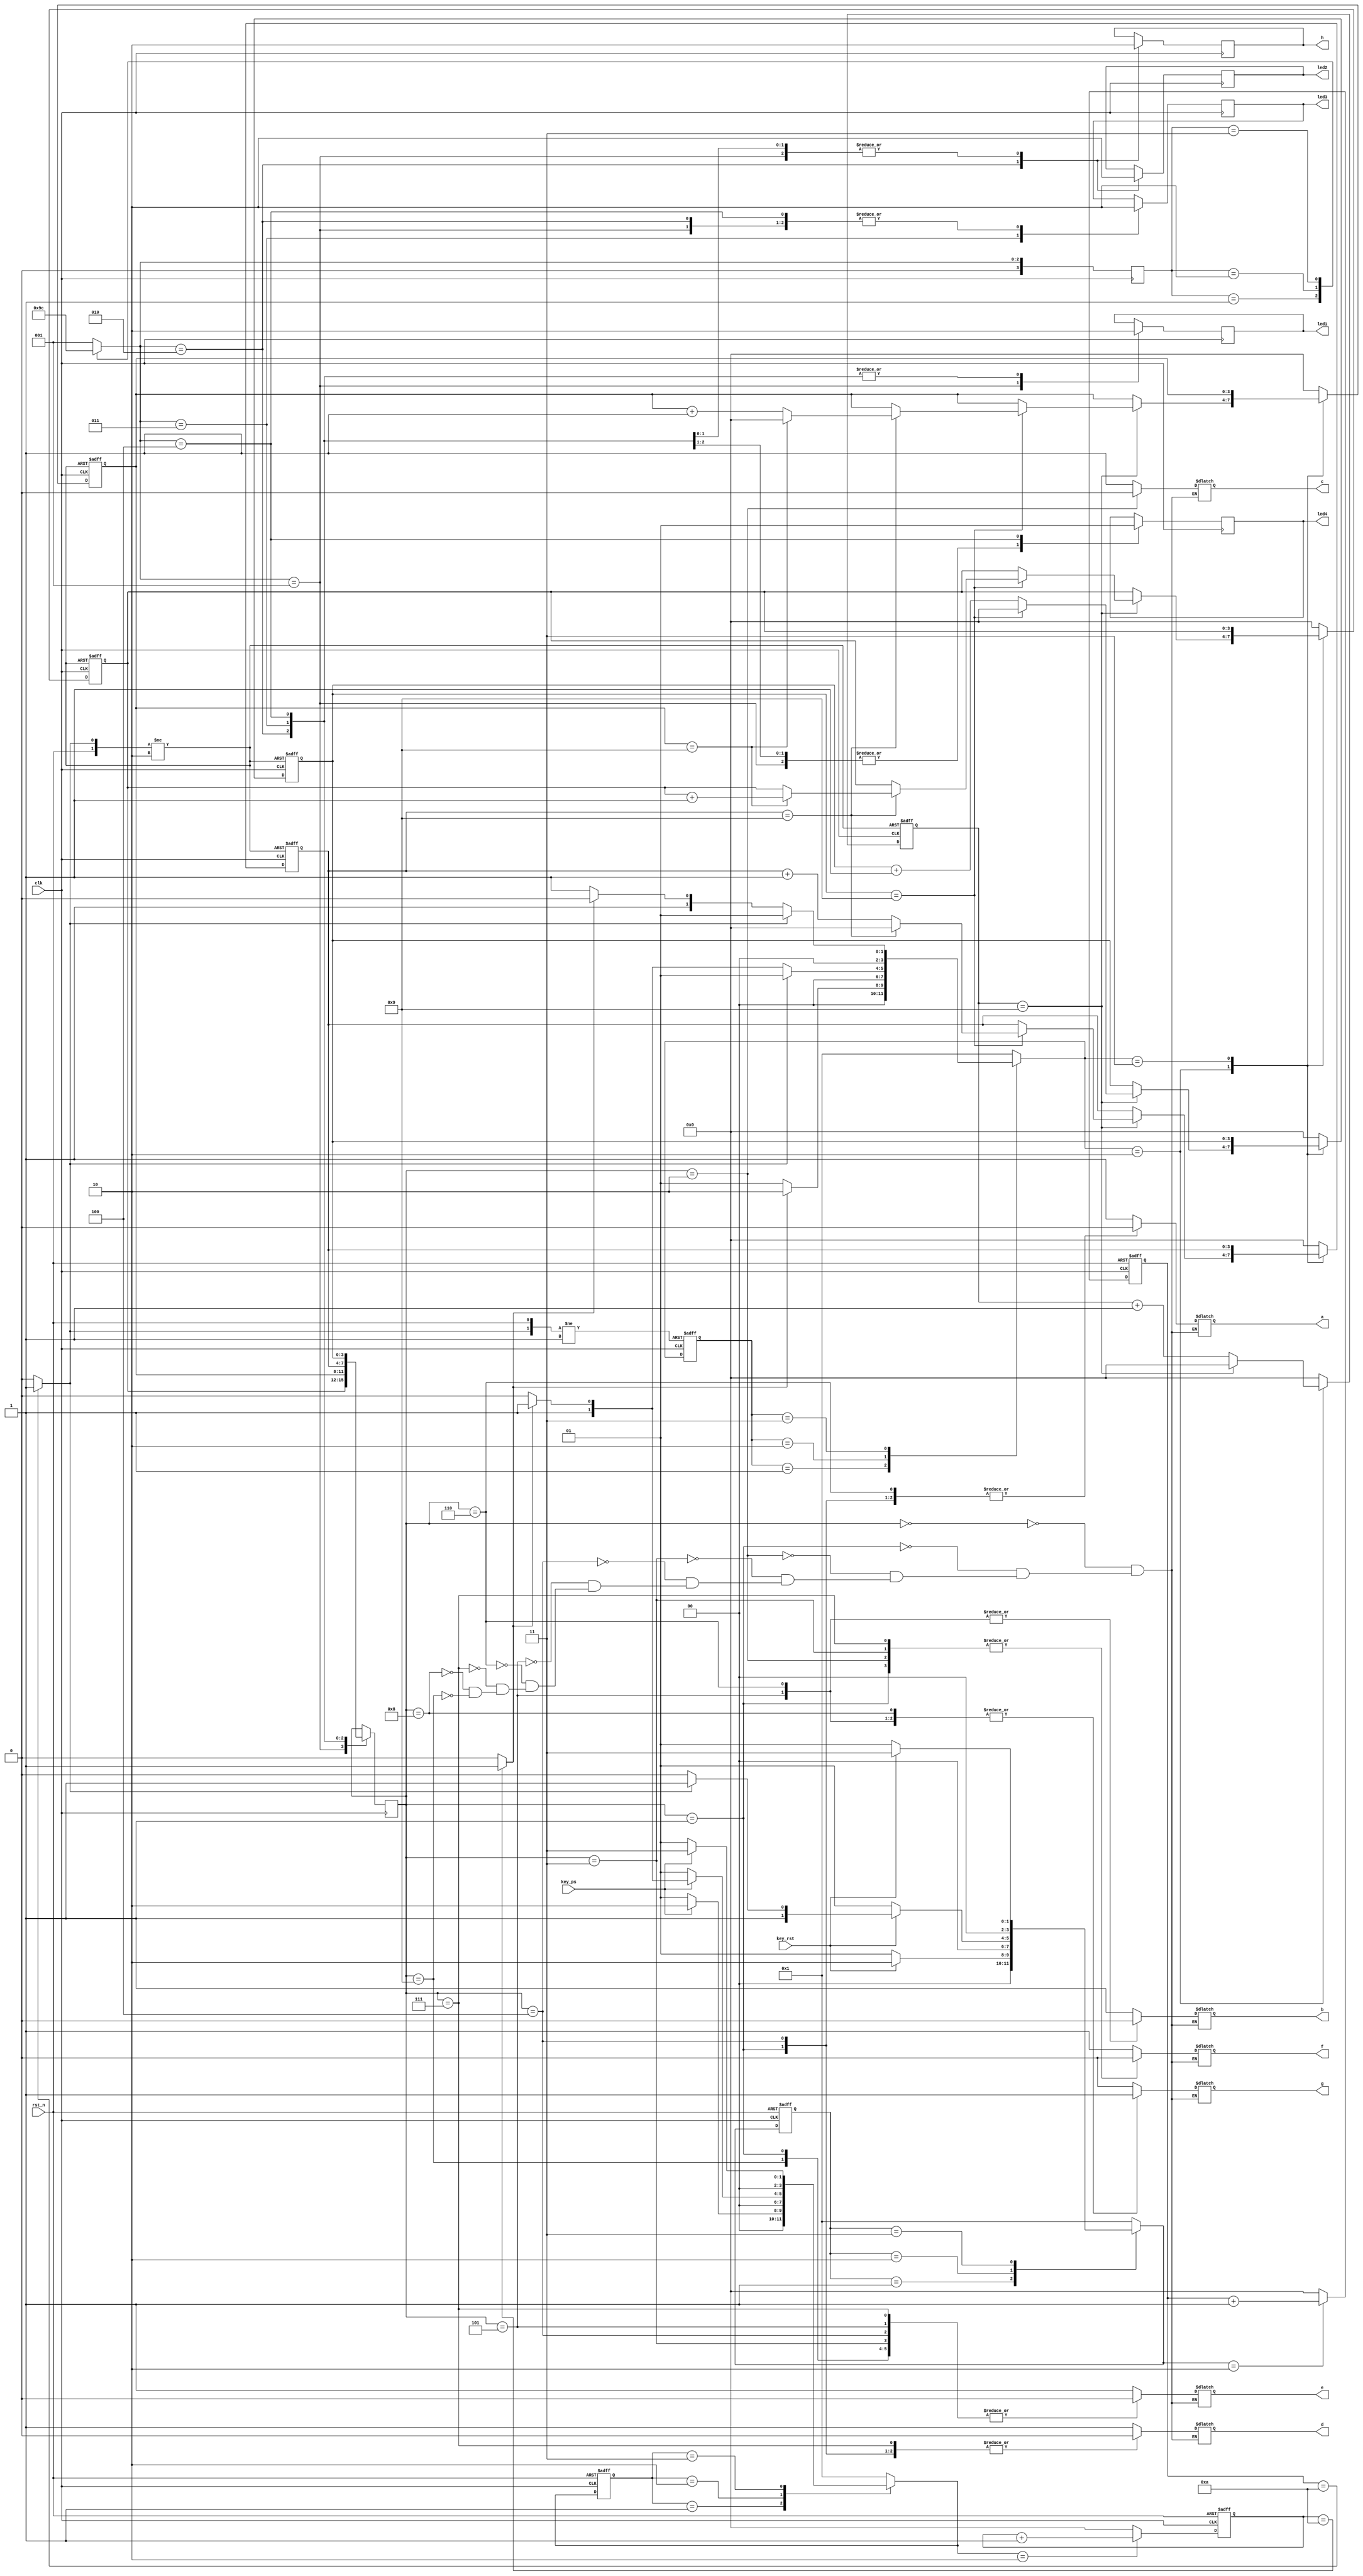
module clock(rst_n,key_rst,clk,key_ps,a,b,c,d,e,f,g,h,led1,led2,led3,led4);
   input   clk,rst_n;
   
   input   key_rst;
   reg     [3:0]stcur_keyrst,stnext_keyrst,ms10_cnt_keyrst;
   wire    key_rst_en,ms10_en_keyrst;
   localparam
           IDLERST = 4'b0001,
		   KEYRST_1ST = 4'b0010,
		   KEYRST_2ND = 4'b0011;
		   
   input   key_ps;
   reg     [3:0]stcur_keyps,stnext_keyps,ms10_cnt_keyps;
   wire    key_ps_en,ms10_en_keyps;
   localparam
           IDLEPS = 4'b0001,
		   KEYPS_1ST = 4'b0010,
		   KEYPS_2ND = 4'b0011;
   
   reg      [3:0]stcur_counter,stnext_counter,k;
   reg      [3:0]numcount4,numcount3,numcount2,numcount1;
   localparam
            TORST = 4'b0001,
		    COUNT = 4'b0010,
		    PAUSE = 4'b0011;
			
	output  a,b,c,d,e,f,g,h,led1,led2,led3,led4;		
	reg     [3:0]stcur_led,stnext_led,inpnum;
    reg     a,b,c,d,e,f,g,h,led1,led2,led3,led4;
	  
    localparam
            bit1 = 4'b0001,
		    bit2 = 4'b0010,
		    bit3 = 4'b0011,
			bit4 = 4'b0100;
			
always @(posedge clk or negedge rst_n)
begin
    if (!rst_n)
    stcur_keyrst <= IDLERST;
    else
    stcur_keyrst <= stnext_keyrst;
end

always @(stcur_keyrst or key_rst or ms10_en_keyrst)
begin
  case (stcur_keyrst)
  IDLERST: if (key_rst) stnext_keyrst <= KEYRST_1ST;
           else stnext_keyrst<= IDLERST;
  KEYRST_1ST: 
           if (!key_rst) stnext_keyrst<=IDLERST;
           else
             begin
               if (ms10_en_keyrst)
               stnext_keyrst<=KEYRST_2ND;
               else stnext_keyrst<=KEYRST_1ST;
             end
  KEYRST_2ND: 
           if (!key_rst) stnext_keyrst<=IDLERST;
           else stnext_keyrst<=KEYRST_2ND;
  default: stnext_keyrst <= IDLERST;
  endcase
end

// 
always @(posedge clk or negedge rst_n)
begin
  if (!rst_n)
  ms10_cnt_keyrst <= 4'h0;
  else
    begin
      case(stnext_keyrst)
      IDLERST: 
	    ms10_cnt_keyrst <= 4'h0;
      KEYRST_1ST:
        ms10_cnt_keyrst <= ms10_cnt_keyrst+1;
      KEYRST_2ND:
        ms10_cnt_keyrst <= 4'h0;
      default:
        ms10_cnt_keyrst <= 4'h0;
      endcase
    end
end

assign ms10_en_keyrst= (ms10_cnt_keyrst == 4'ha)?1:0;
assign key_rst_en= (ms10_cnt_keyrst == 4'ha)?1:0; 

 always @(posedge clk or negedge rst_n)
begin
  if (!rst_n)
   stcur_keyps <= IDLEPS;
  else
   stcur_keyps <= stnext_keyps;
end

   always @(stcur_keyps or key_ps or ms10_en_keyps)
begin
   case (stcur_keyps)
   IDLEPS: 
      if (key_ps) stnext_keyps <= KEYPS_1ST;
      else stnext_keyps<= IDLEPS;
   KEYPS_1ST: 
      if (!key_ps) stnext_keyps<=IDLEPS;
      else
        begin
          if (ms10_en_keyps)
          stnext_keyps<=KEYPS_2ND;
          else stnext_keyps<=KEYPS_1ST;
        end
   KEYPS_2ND: 
      if (!key_ps) stnext_keyps<=IDLEPS;
      else stnext_keyps<=KEYPS_2ND;
   default: stnext_keyps <= IDLEPS;
   endcase
end

// 
always @(posedge clk or negedge rst_n)
begin
  if (!rst_n)
  ms10_cnt_keyps <= 4'h0;
  else
    begin
      case(stnext_keyps)
        IDLEPS: 
		ms10_cnt_keyps <= 4'h0;
        KEYPS_1ST:
        ms10_cnt_keyps <= ms10_cnt_keyps+1;
        KEYPS_2ND:
        ms10_cnt_keyps <= 4'h0;
        default:
        ms10_cnt_keyps <= 4'h0;
      endcase
    end
end

assign ms10_en_keyps= (ms10_cnt_keyps == 4'ha)?1:0;
assign key_ps_en= (ms10_cnt_keyps == 4'ha)?1:0;



always @(stcur_counter or key_rst_en or key_ps_en)
begin
   case (stcur_counter)
TORST: 
     begin
       if(key_ps_en) stnext_counter<= COUNT;
         else stnext_counter<= TORST;
     end
COUNT: 
     if (key_rst_en) stnext_counter<=TORST;
         else
           begin
             if(key_ps_en) stnext_counter<=PAUSE;
             else stnext_counter<=COUNT;
		   end
PAUSE:
     if (key_rst_en) stnext_counter<=TORST;
         else
           begin
             if(key_ps_en) stnext_counter<=COUNT;
                else stnext_counter<=PAUSE;
           end
default: stnext_counter <= TORST;
   endcase
end

always @(posedge clk or posedge key_rst_en or negedge rst_n)
if (!rst_n) stcur_counter<=TORST;
else
 begin
     if(key_rst_en) stcur_counter <= TORST;
     else   stcur_counter <= stnext_counter;
 end

always @(posedge clk or posedge key_rst_en or negedge rst_n)
if (!rst_n) 
begin
numcount4 <= 4'D0; numcount3 <= 4'D0;numcount2 <= 4'D0;numcount1 <= 4'D0;k<=0;
end
else
  begin 
    if(key_rst_en) 
	begin 
	numcount4 <= 4'D0; numcount3 <= 4'D0;numcount2 <= 4'D0;numcount1 <= 4'D0;
	k<=0;
	end
    else 
      begin
	    case(stnext_counter)
	    TORST:
		begin 
		numcount4 <= 4'D0; numcount3 <= 4'D0;numcount2 <= 4'D0;numcount1 <= 4'D0;
		k <= 0;
		end
	    COUNT:
		begin 
		 k <= k+1;
		 if(k==4'h9)
		  begin 
		   numcount4 <= numcount4 + 1; k <=0;
		   if (numcount4 == 4'h9) 
		   begin 
		   numcount4 <= 4'h0;
		   numcount3 <= numcount3 + 1;
		   if(numcount3 == 4'h9)
		      begin 
		      numcount3 <= 4'h0;
		      numcount2 <= numcount2 + 1;
			  if(numcount2 == 4'h9)
			     begin 
		         numcount2 <= 4'h0;
		         numcount1 <= numcount1 + 1;
			     end
		      end
		   end 
		 end
		end
	    PAUSE:
		begin  
		numcount4 <= numcount4; numcount3 <= numcount3;numcount2 <= numcount2;numcount1 <= numcount1;k <= 0;
		end
	    default:
		begin  
		numcount4 <= 4'D0; numcount3 <= 4'D0;numcount2 <= 4'D0;numcount1 <= 4'D0;k <= 0;
		end
	    endcase
	  end
  end
  


always @(posedge clk)
      stcur_led <= stnext_led;

always @(clk)
begin
   case (stcur_led)
bit1: 
         stnext_led<= bit2;
    
bit2: 
     
         stnext_led<=bit3;
		  
bit3:
         stnext_led<=bit4;
		 
bit4:
         stnext_led<=bit1;
		 
default: stnext_led <= bit1;
   endcase
end

always @(posedge clk)
begin
	    case(stnext_led)
		bit1 : 
		begin
		inpnum <= numcount1;
		h = 0;
		led1 = 1;
		led2 = 0;
		led3 = 0;
		led4 = 0;
		end
		bit2 :
		begin
		inpnum <= numcount2;
		h = 1;
		led1 = 0;
		led2 = 1;
		led3 = 0;
		led4 = 0;
		end
		bit3 :
		begin 
		inpnum <= numcount3;
		h = 0;
		led1 = 0;
		led2 = 0;
		led3 = 1;
		led4 = 0;
		end
		bit4 :
		begin 
		inpnum <= numcount4;
		h = 0;
		led1 = 0;
		led2 = 0;
		led3 = 0;
		led4 = 1;
		end
		endcase
end

always@ (inpnum) 
begin
  case(inpnum)
    4'b0000:
	begin
      a <= 1;
      b <= 1;
      c <= 1;
      d <= 1;
      e <= 1;
      f <= 1;
      g <= 0;
    end 
	4'b0001:
	begin
      a <= 0;
      b <= 1;
      c <= 1;
      d <= 0;
      e <= 0;
      f <= 0;
      g <= 0;
    end 
	4'b0010:
	begin
      a <= 1;
      b <= 1;
      c <= 0;
      d <= 1;
      e <= 1;
      f <= 0;
      g <= 1;
    end 
	4'b0011:
	begin
      a <= 1;
      b <= 1;
      c <= 1;
      d <= 1;
      e <= 0;
      f <= 0;
      g <= 1;
    end 
	4'b0100:
	begin
      a <= 0;
      b <= 1;
      c <= 1;
      d <= 0;
      e <= 0;
      f <= 1;
      g <= 1;
    end 
	4'b0101:
	begin
      a <= 1;
      b <= 0;
      c <= 1;
      d <= 1;
      e <= 0;
      f <= 1;
      g <= 1;
    end 
	4'b0110:
	begin
      a <= 0;
      b <= 0;
      c <= 1;
      d <= 1;
      e <= 1;
      f <= 1;
      g <= 1;
    end 
	4'b0111:
	begin
      a <= 1;
      b <= 1;
      c <= 1;
      d <= 0;
      e <= 0;
      f <= 0;
      g <= 0;
    end 
	4'b1000:
	begin
      a <= 1;
      b <= 1;
      c <= 1;
      d <= 1;
      e <= 1;
      f <= 1;
      g <= 1;
    end 
	4'b1001:
	begin
      a <= 1;
      b <= 1;
      c <= 1;
      d <= 0;
      e <= 0;
      f <= 1;
      g <= 1;
    end 
  endcase
end

endmodule